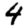
Digit: 4